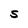
Character: S